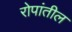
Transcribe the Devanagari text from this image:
रोपांतील